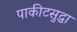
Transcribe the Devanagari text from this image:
पाकीटसुद्धा